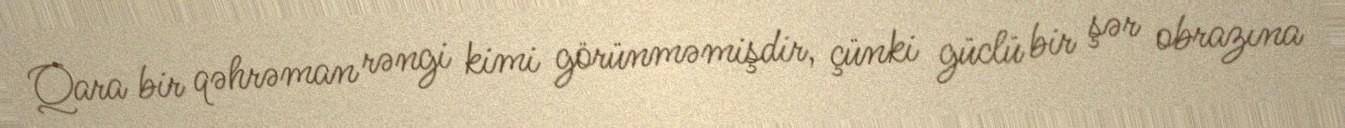
Qara bir qəhrəman rəngi kimi görünməmişdir, çünki güclü bir şər obrazına